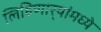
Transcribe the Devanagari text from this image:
लिहिणार्‍यांमध्ये